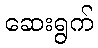
ဆေးရွက်